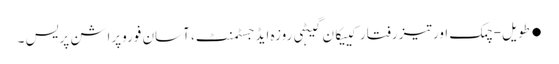
●طویل-چمک اور تیز رفتار کییکان گیٹہی روزہ ایڈجسٹمنٹ، آسان فوروپراشن پریس ۔